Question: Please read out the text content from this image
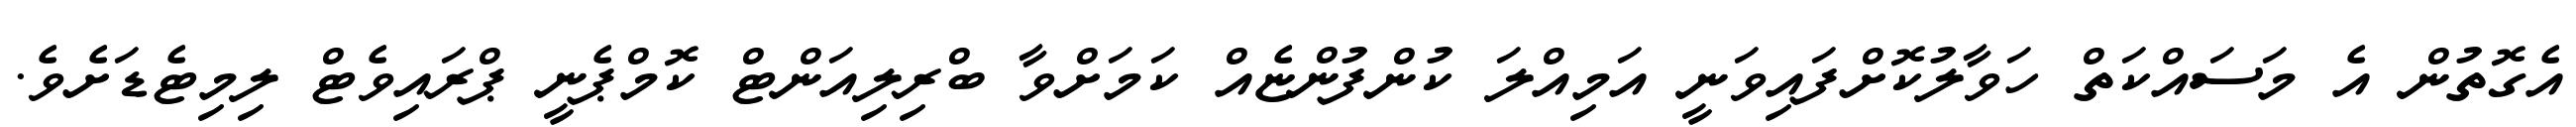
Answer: އެގޮތުން އެ މަސައްކަތް ހަވާލުކޮށްފައިވަނީ އަމިއްލަ ކުންފުންޏެއް ކަމަށްވާ ބްރިލިއަންޓް ކޮމްޕެނީ ޕްރައިވެޓް ލިމިޓެޑަށެވެ.